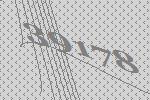
39178